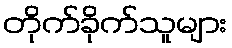
တိုက်ခိုက်သူများ